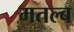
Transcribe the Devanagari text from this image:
मतल्ब